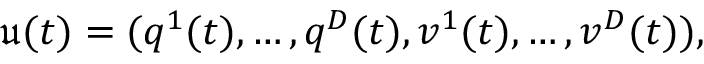
\mathfrak { u } ( t ) = ( q ^ { 1 } ( t ) , \dots , q ^ { D } ( t ) , v ^ { 1 } ( t ) , \dots , v ^ { D } ( t ) ) ,